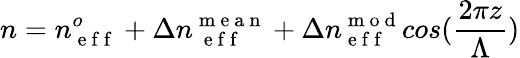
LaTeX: n=n_{\mathrm{~e~f~f~}}^{o}+\Delta n_{\mathrm{~\mathrm{~e~f~f~}~}}^{\mathrm{~m~e~a~n~}}+\Delta n_{\mathrm{~e~f~f~}}^{\mathrm{~m~o~d~}}cos(\frac{2\pi z}{\Lambda})